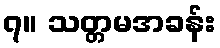
၇။ သတ္တမအခန်း